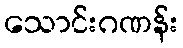
သောင်းဂဏန်း